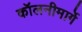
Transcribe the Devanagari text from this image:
कॉलनीमार्गे